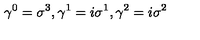
{ \gamma } ^ { 0 } = { \sigma } ^ { 3 } , { \gamma } ^ { 1 } = i { \sigma } ^ { 1 } , { \gamma } ^ { 2 } = i { \sigma } ^ { 2 }